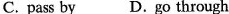
C. pass by D.go through